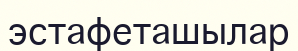
эстафеташылар